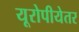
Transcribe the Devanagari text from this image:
यूरोपीयेतर